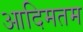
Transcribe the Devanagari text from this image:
आदिमतम